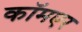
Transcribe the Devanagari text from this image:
कॉमएर